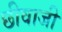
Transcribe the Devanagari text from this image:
छीवाजी